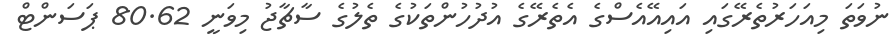
ނުވަތަ މިއަހަރުތެރޭގައި އައިއޭއެސްގެ އެތެރޭގެ އުދުހުންތަކުގެ ތެލުގެ ސާޗާޖު މިވަނީ 80.62 ޕަސަންޓް